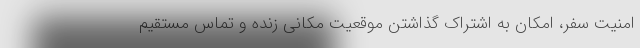
امنیت سفر، امکان به اشتراک گذاشتن موقعیت مکانی زنده و تماس مستقیم